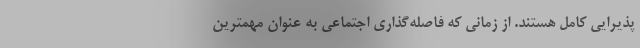
پذیرایی کامل هستند. از زمانی که فاصله‌گذاری اجتماعی به عنوان مهمترین